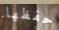
حفظها